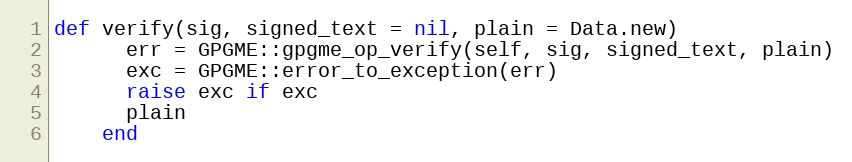
Language: Ruby
def verify(sig, signed_text = nil, plain = Data.new)
      err = GPGME::gpgme_op_verify(self, sig, signed_text, plain)
      exc = GPGME::error_to_exception(err)
      raise exc if exc
      plain
    end